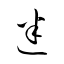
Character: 迷